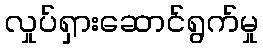
လှုပ်ရှားဆောင်ရွက်မှု